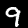
Label: 9